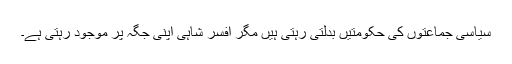
سیاسی جماعتوں کی حکومتیں بدلتی رہتی ہیں مگر افسر شاہی اپنی جگہ پر موجود رہتی ہے۔